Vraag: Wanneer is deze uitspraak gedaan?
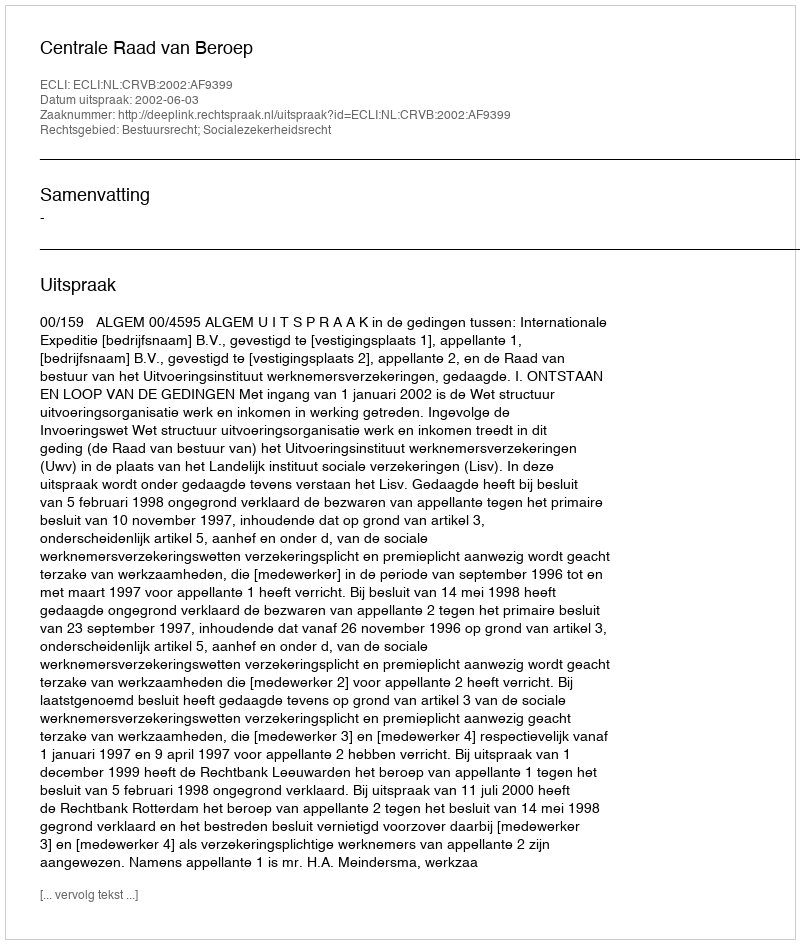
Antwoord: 2002-06-03